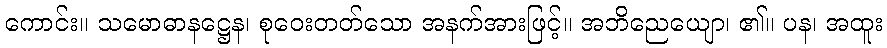
ကောင်း။ သမောဓာနဋ္ဌေန၊ စုဝေးတတ်သော အနက်အားဖြင့်။ အဘိညေယျော၊ ၏။ ပန၊ အထူး